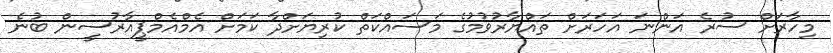
މިހާރަށް ސުރެ އަންނަ އަހަރަށް ތައްޔާރުވުމުގެ މަސައްކަތް ކުރިޔަށްދާ ކަމަށް އެމްއެމްޕީއާރުސީން ބުނެ